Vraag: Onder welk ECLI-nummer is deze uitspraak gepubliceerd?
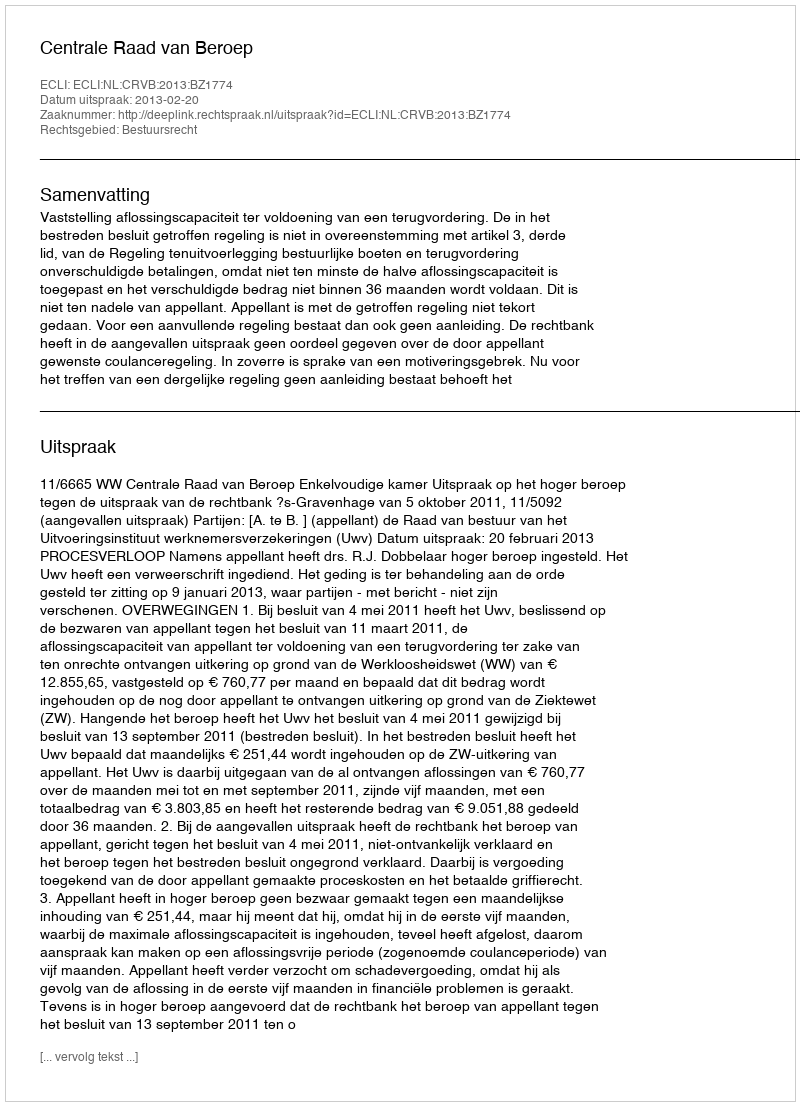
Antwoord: ECLI:NL:CRVB:2013:BZ1774